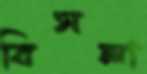
বিসলা